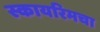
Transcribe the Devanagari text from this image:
स्कायरिमचा